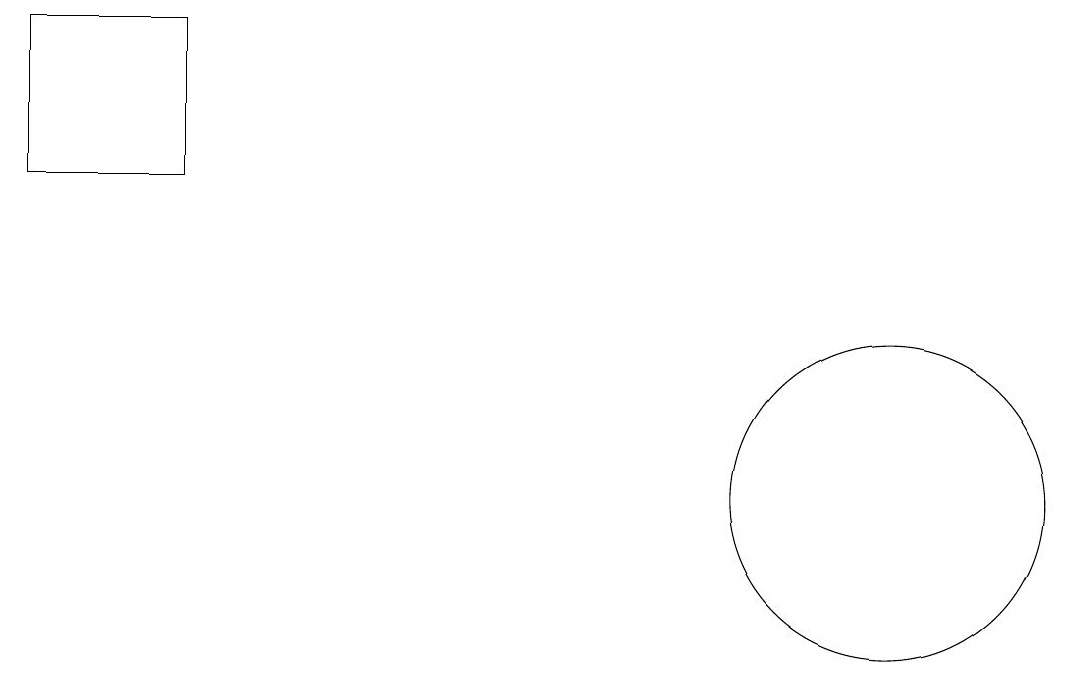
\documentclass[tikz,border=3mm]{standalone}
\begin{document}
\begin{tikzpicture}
\draw (11,10) circle (2);
\draw (10,11) circle (0);
\draw (0,14) rectangle (2,16);
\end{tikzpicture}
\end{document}